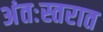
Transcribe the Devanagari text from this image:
अंतःस्तरात